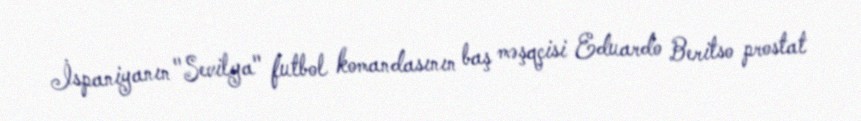
İspaniyanın "Sevilya" futbol komandasının baş məşqçisi Eduardo Beritso prostat